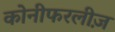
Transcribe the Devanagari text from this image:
कोनीफरलीज़